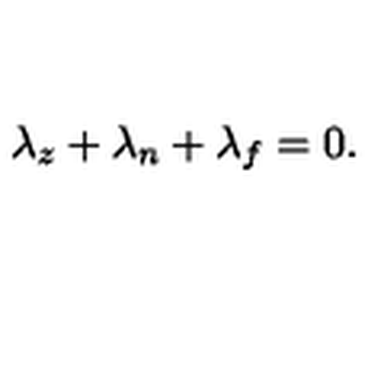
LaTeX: \lambda _ { z } + \lambda _ { n } + \lambda _ { f } = 0 .